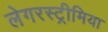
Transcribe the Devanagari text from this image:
लेगरस्ट्रीमिया